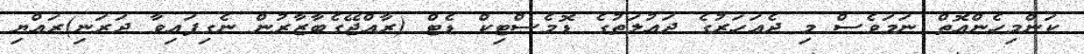
ކަންމިހެންއޮތް ނަމަވެސް މި ދެއަހަރުގެ ދައުލަތުގެ ޑޮމެސްޓިކް ޑެޓް (ރާއްޖޭގެބާޒާރުން ނެގިފައިވާ ދަރަނި)ރައްޔި